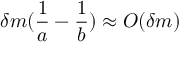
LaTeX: \delta m ( \frac { 1 } { a } - \frac { 1 } { b } ) \approx O ( \delta m )